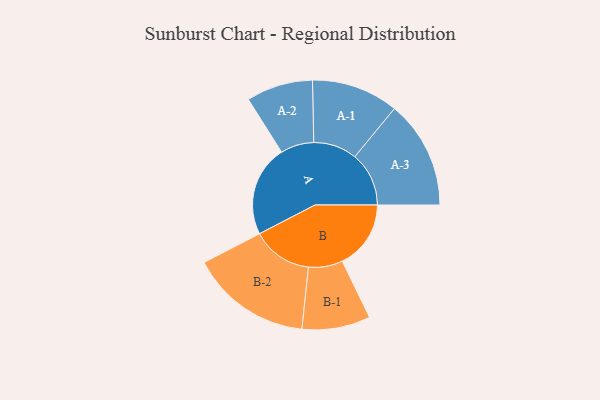
{"axis": {"x": "Segment", "y": "Value"}, "legend": ["", "A", "B"], "data": [{"x": "A", "y": 421, "type": ""}, {"x": "B", "y": 317, "type": ""}, {"x": "A-1", "y": 201, "type": "A"}, {"x": "A-2", "y": 154, "type": "A"}, {"x": "A-3", "y": 250, "type": "A"}, {"x": "B-1", "y": 158, "type": "B"}, {"x": "B-2", "y": 280, "type": "B"}]}